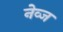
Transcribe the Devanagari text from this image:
नेव्ज